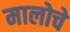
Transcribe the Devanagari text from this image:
मालोचे